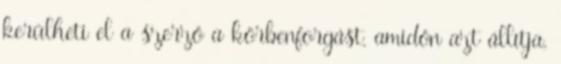
kerülheti el a szerző a körbenforgást, amidőn azt állítja,